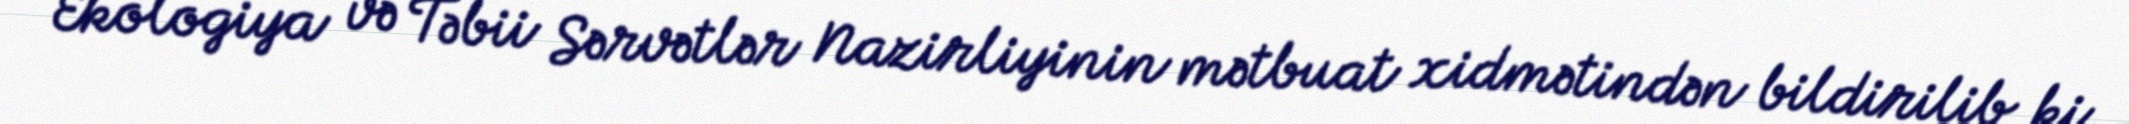
Ekologiya və Təbii Sərvətlər Nazirliyinin mətbuat xidmətindən bildirilib ki,